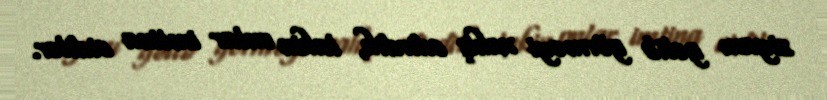
ziyanı gəlib görməyi xahiş edirdik, lakin onlar imtina etdilər.